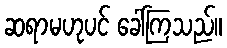
ဆရာမဟုပင် ခေါ်ကြသည်။